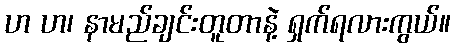
ဟ ဟ၊ နာမည်ချင်းတူတာနဲ့ ရှက်ရလားကွယ်။